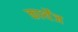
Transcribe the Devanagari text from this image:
कार्थेंज